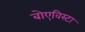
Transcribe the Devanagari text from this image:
बोएविस्टा